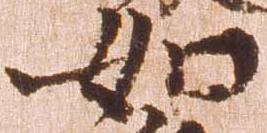
如